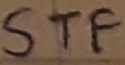
Text: STF